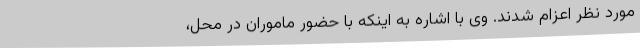
مورد نظر اعزام شدند. وی با اشاره به اینکه با حضور ماموران در محل،